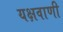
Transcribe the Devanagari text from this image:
यक्षवाणी